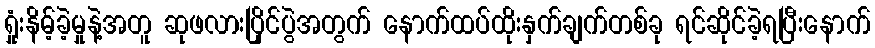
ရှုံးနိမ့်ခဲ့မှုနဲ့အတူ ဆုဖလားပြိုင်ပွဲအတွက် နောက်ထပ်ထိုးနှက်ချက်တစ်ခု ရင်ဆိုင်ခဲ့ရပြီးနောက်